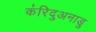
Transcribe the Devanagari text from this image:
कंरिदुअनाडु